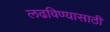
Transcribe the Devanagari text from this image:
लढविण्यासाठी